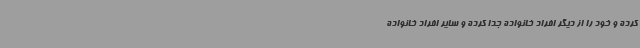
کرده و خود را از دیگر افراد خانواده جدا کرده و سایر افراد خانواده